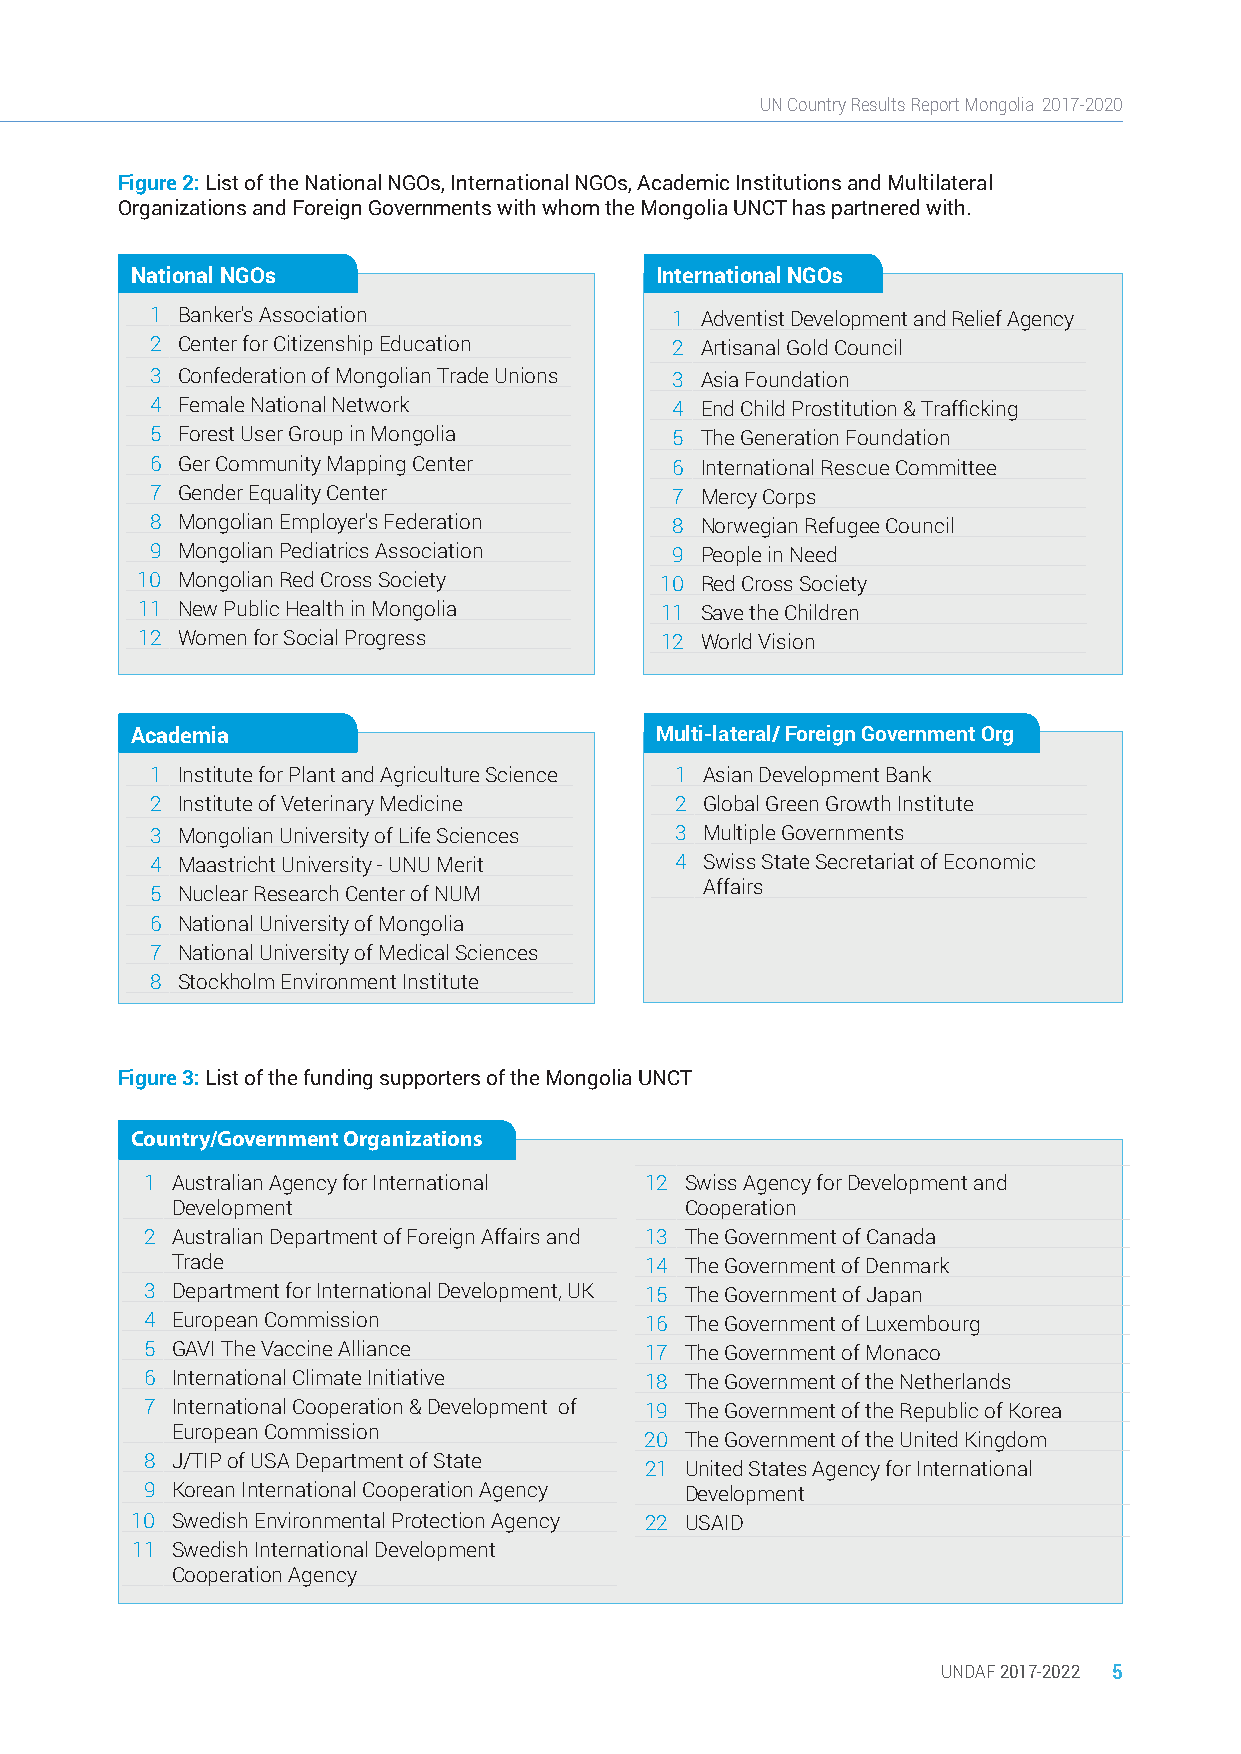
UN Country Results Report Mongolia 2017-2020
 Figure 2: List of the National NGOs, International NGOs, Academic Institutions and Multilateral
 Organizations and Foreign Governments with whom the Mongolia UNCT has partnered with.
 National NGOs                     International NGOs
 1 Banker's Association            1 Adventist Development and Relief Agency
 2 Center for Citizenship Education 2 Artisanal Gold Council
 3 Confederation of Mongolian Trade Unions 3 Asia Foundation
 4 Female National Network         4 End Child Prostitution & Trafficking
 5 Forest User Group in Mongolia   5 The Generation Foundation
 6 Ger Community Mapping Center    6 International Rescue Committee
 7 Gender Equality Center          7 Mercy Corps
 8 Mongolian Employer's Federation 8 Norwegian Refugee Council
 9 Mongolian Pediatrics Association 9 People in Need
 10 Mongolian Red Cross Society     10 Red Cross Society
 11 New Public Health in Mongolia   11 Save the Children
 12 Women for Social Progress       12 World Vision
 Academia                          Multi-lateral/ Foreign Government Org
 1 Institute for Plant and Agriculture Science 1 Asian Development Bank
 2 Institute of Veterinary Medicine 2 Global Green Growth Institute
 3 Mongolian University of Life Sciences 3 Multiple Governments
 4 Maastricht University - UNU Merit 4 Swiss State Secretariat of Economic
 Affairs
 5 Nuclear Research Center of NUM
 6 National University of Mongolia
 7 National University of Medical Sciences
 8 Stockholm Environment Institute
 Figure 3: List of the funding supporters of the Mongolia UNCT
 Country/Government Organizations
 1 Australian Agency for International 12 Swiss Agency for Development and
 Development                       Cooperation
 2 Australian Department of Foreign Affairs and 13 The Government of Canada
 Trade                           14 The Government of Denmark
 3 Department for International Development, UK 15 The Government of Japan
 4 European Commission            16 The Government of Luxembourg
 5 GAVI The Vaccine Alliance      17 The Government of Monaco
 6 International Climate Initiative 18 The Government of the Netherlands
 7 International Cooperation & Development of 19 The Government of the Republic of Korea
 European Commission
 20 The Government of the United Kingdom
 8 J/TIP of USA Department of State
 21 United States Agency for International
 9 Korean International Cooperation Agency Development
 10 Swedish Environmental Protection Agency 22 USAID
 11 Swedish International Development
 Cooperation Agency
 UNDAF 2017-2022 5